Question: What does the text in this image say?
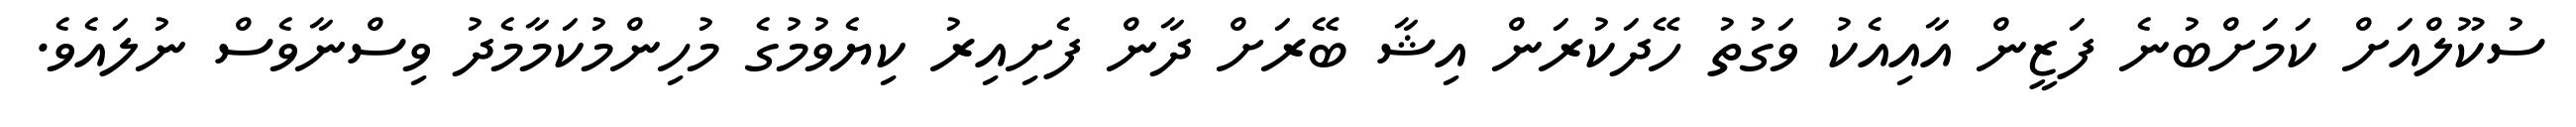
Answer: ސުކޫލްއަށް ކަމަށްބުނެ ފަޒީން އާއިއެކު ވަގުތު ހޭދަކުރަން އިޝާ ބޭރަށް ދާން ފެށިއިރު ކިޔެވުމުގެ މުހިންމުކަމާމެދު ވިސްނާވެސް ނުލައެވެ.